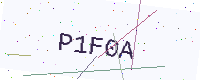
Text: P1F0A